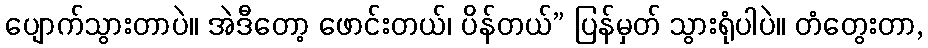
ပျောက်သွားတာပဲ။ အဲဒီတော့ ဖောင်းတယ်၊ ပိန်တယ်” ပြန်မှတ် သွားရုံပါပဲ။ တံတွေးတာ,